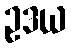
ဥဒယ